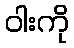
ဝါးကို